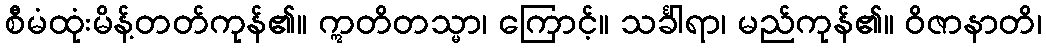
စီမံထုံးမိန့်တတ်ကုန်၏။ ဣတိတသ္မာ၊ ကြောင့်။ သင်္ခါရာ၊ မည်ကုန်၏။ ဝိဇာနာတိ၊